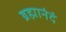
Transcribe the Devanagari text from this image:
ब्रह्मानंदं